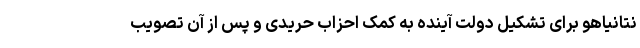
نتانیاهو برای تشکیل دولت آینده به کمک احزاب حریدی و پس از آن تصویب